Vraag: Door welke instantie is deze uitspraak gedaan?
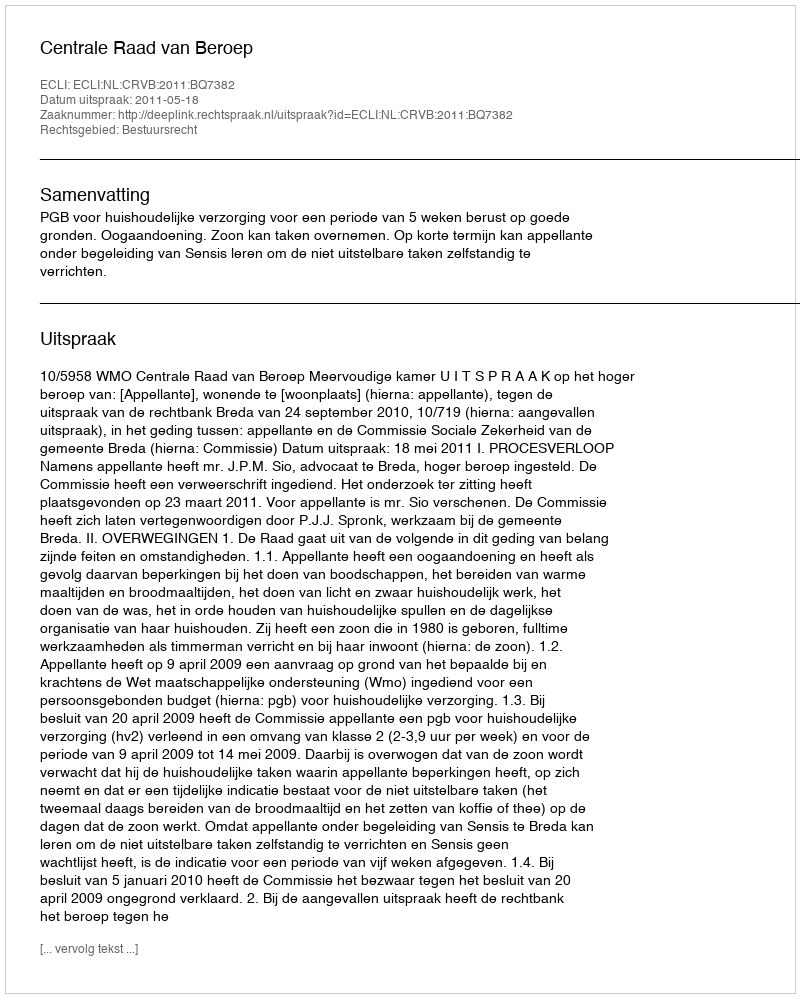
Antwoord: Centrale Raad van Beroep